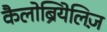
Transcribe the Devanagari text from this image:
कैलोब्रियेलिज़